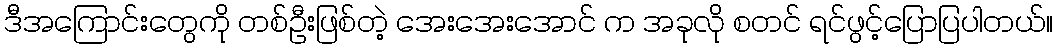
ဒီအကြောင်းတွေကို တစ်ဦးဖြစ်တဲ့ အေးအေးအောင် က အခုလို စတင် ရင်ဖွင့်ပြောပြပါတယ်။